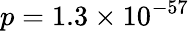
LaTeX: p=1.3\times 10^{-57}